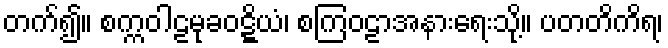
တက်၍။ စက္ကဝါဠမုခဝဋ္ဋိယံ၊ စကြဝဠာအနားရေးသို့။ ပတတိကိရ၊